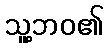
သူ့ဘဝ၏